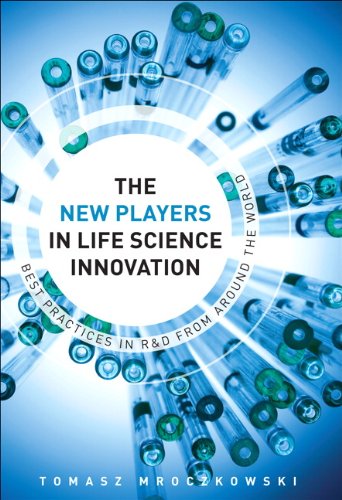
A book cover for The New Players in Life Sciences Innovation: Best Practices in R&D from Around the World, The (FT Press Operations Management); Tomasz Mroczkowski; Business & Money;